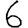
Digit: 6